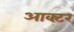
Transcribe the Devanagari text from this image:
आक्टर